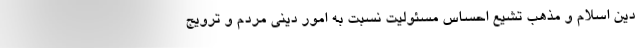
دین اسلام و مذهب تشیّع احساس مسئولیت نسبت به امور دینی مردم و ترویج